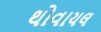
થોવાયલ